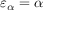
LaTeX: \varepsilon _ { \alpha } = \alpha